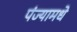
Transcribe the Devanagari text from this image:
पंज्यामधे